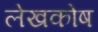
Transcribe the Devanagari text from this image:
लेखकोष